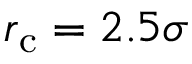
r _ { \mathrm { c } } = 2 . 5 \sigma